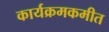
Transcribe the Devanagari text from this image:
कार्यक्रमकमीत